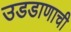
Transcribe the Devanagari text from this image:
उडडाणाची